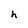
Character: h